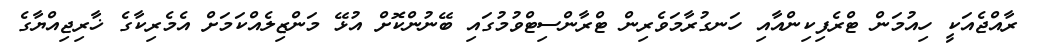
ރާއްޖެއަކީ ހިއުމަން ޓްރެފިކިންއާއި ހަނގުރާމަވެރިން ޓްރާންސިޓްވުމުގައި ބޭނުންކޮށް އުޅޭ މަންޒިލެއްކަމަށް އެމެރިކާގެ ޚާރިޖިއްޔާގެ